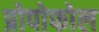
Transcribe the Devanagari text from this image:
प्रोपोफोल